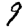
Digit: 9